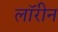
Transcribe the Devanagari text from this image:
लॉरीन